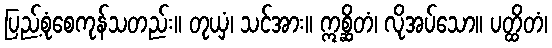
ပြည့်စုံစေကုန်သတည်း။ တုယှံ၊ သင်အား။ ဣစ္ဆိတံ၊ လိုအပ်သော။ ပတ္ထိတံ၊